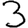
Digit: 3